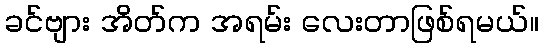
ခင်ဗျား အိတ်က အရမ်း လေးတာဖြစ်ရမယ်။